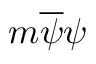
m { \overline { { \psi } } } \psi